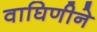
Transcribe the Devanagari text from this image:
वाघिणीने